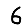
Digit: 6